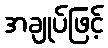
အချုပ်ဖြင့်